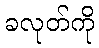
ခလုတ်ကို